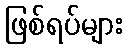
ဖြစ်ရပ်များ